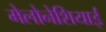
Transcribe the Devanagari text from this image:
मेलोनेशियाई